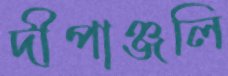
দীপাঞ্জলি